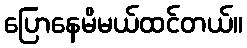
ပြောနေမိမယ်ထင်တယ်။